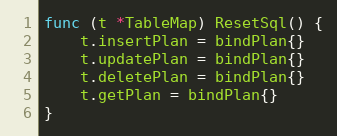
Language: Go
func (t *TableMap) ResetSql() {
	t.insertPlan = bindPlan{}
	t.updatePlan = bindPlan{}
	t.deletePlan = bindPlan{}
	t.getPlan = bindPlan{}
}